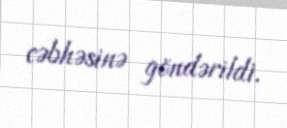
cəbhəsinə göndərildi.